Annual statistical returns and brief notes on vaccination in Bengal - 1909-1929
Year: 1909
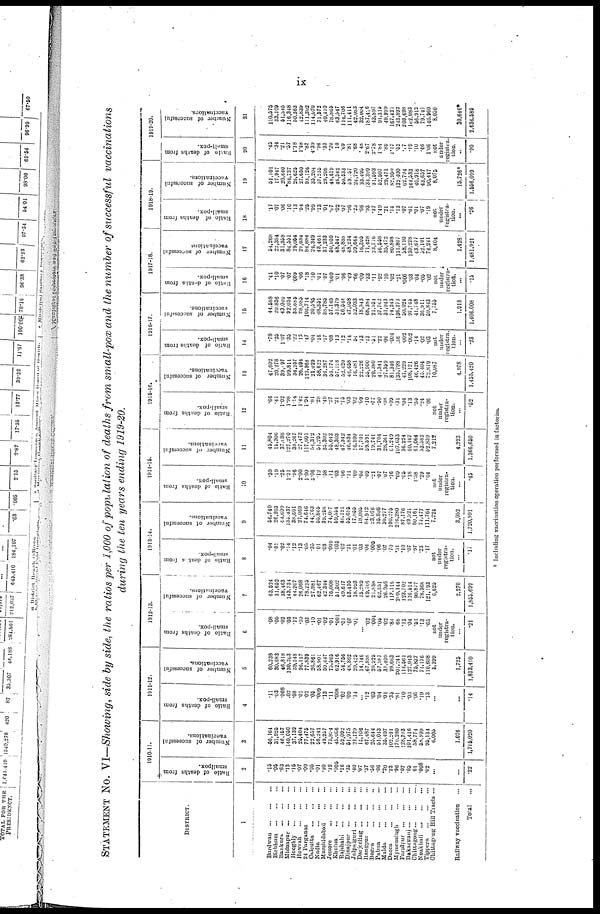
ix
STATEMENT NO. VI—Showing, side by side, the ratios per 1,000 of population of deaths from small-pox and the number of successful vaccinations
during the ten years ending 1919-20.
DISTRICT.
1
Burdwan
...
...
...
Birbhum
...
...
...
Bankura
...
...
...
Midnapur
...
...
...
Hooghly
...
...
...
Howrah
...
...
...
24 Parganas
...
...
Calcutta
...
...
...
Nadia
...
...
...
Murshidabad
...
...
Jessore
...
...
...
Khulna
...
...
Rajshahi
...
...
...
Dinajpur
...
...
...
Jalpaiguri
...
...
...
Darjeeling
...
...
...
Rangpur
...
...
...
Bogra
...
...
...
Pabna
...
...
...
Malda
...
...
...
Dacca
...
...
...
Mymensingh
...
...
Faridpur
...
...
...
Bakarganj
...
...
...
Chittagong
...
...
...
Noakhali
...
...
...
Tippera
...
...
...
Chittagong Hill Tracts ...
Railway vaccination ...
Total
...
1910-11.
Ratio of deaths from
smallpox.
2
.15
.06
.63
.13
.16
.07
.09
.05
.01
.20
.12
.006
.16
.35
.40
.07
.37
.56
.06
.20
.23
.96
.07
.05
.01
.008
.02
...
...
.22
Number of successful
vaccinations.
3
56,164
31,926
46,157
140,050
37,139
25,404
77,476
22,657
58,241
49,257
73,894
45,006
52,092
51,975
21,129
15,106
67,487
25,644
51,043
35,497
102,201
179,280
128,793
101,416
58,774
58,999
95,134
6,005
1,076
1,715,020
1911-12.
Ratio of deaths from
small-pox.
4
.11
.03
.008
.02
.08
.01
.02
.05
.009
.13
.11
.008
.02
.09
.14
...
.12
.03
.04
.01
.35
.81
.10
.03
.06
.19
.13
...
...
.14
Number of successful
vaccinations.
5
60,238
30,683
46,818
130,263
39,248
26,137
77,839
26,861
58,901
50,447
75,565
62,916
54,756
48,862
20,425
14,146
67,898
20,925
57,987
31,409
99,663
201,241
114,561
127,943
75,837
74,176
110,608
5,399
1,725
1,813,490
1912-13.
Ratio of deaths from
small-pox.
6
.08
.05
.02
.03
.12
.10
.02
.10
.01
.02
.01
.001
.01
.07
.01
...
.02
.004
.05
.02
.84
.68
.13
.04
.51
.13
.65
not
under
registra-
tion
...
...
Number of successful
vaccinations.
7
63,524
31,662
38,463
143,734
44,207
26,068
78,225
27,981
62,467
42,344
76,008
51,502
49,617
53,455
18,993
15,289
69,166
21,888
52,351
26,966
113,116
209,144
123,702
116,614
90,877
78,368
121,193
6,625
2,270
1,855,699
1913-14.
Ratio of deaths from
small-pox.
8
.04
.01
.02
.14
.12
.13
.05
.35
.01
.03
.009
.005
.02
.21
.01
.03
.04
.005
.06
.07
.70
.31
.10
.07
.97
.23
.17
not
under
registra-
tion.
...
.17
Number of successful
vaccinations.
9
56,740
26,203
44,609
135,437
38,601
27,069
74,646
44,763
55,865
39,258
74,087
59,554
48,121
55,685
17,855
18,005
84,912
23,076
35,898
30,277
100,275
216,280
87,176
49,921
80,161
74,477
111,764
7,224
3,052
1,720,991
1914-15.
Ratio of deaths from
small-pox.
10
.39
.19
.25
1.21
.96
2.00
1.60
3.06
.12
.58
.11
.03
.06
.11
.09
.06
.09
.21
.07
.07
.16
.09
.05
.18
1.58
.29
.04
not
under
registra-
tion.
...
.45
Number of successful
vaccinations.
11
45,804
15,306
37,088
127,270
38,267
27,473
117,601
54,312
51,295
35,302
55,642
48,303
47,342
46,834
16,930
17,701
59,591
19,741
31,704
28,361
61,249
107,633
36,224
60,107
61,064
53,582
52,839
7,212
4,223
1,366,650
1915-16.
Ratio of deaths from
small-pox.
12
.66
.41
1.02
1.98
1.14
1.42
1.94
.81
.28
.49
.27
.21
.15
.03
.02
.09
.10
.77
.50
.08
.09
.31
.04
.13
.55
.24
.06
not
under
registra-
tion.
...
.52
Number of successful
vaccinations.
13
47,602
20,278
39,097
99,811
34,257
26,494
123,968
21.029
58,622
36,287
56,174
57,128
52,420
46,658
16,481
22,226
55,900
20,380
41,341
27,359
81,346
135,798
47,229
108,121
46,426
45,404
72,819
10,087
4,978
1,455,420
1916-17.
Ratio
of deaths from
small-pox.
14
.78
.25
1.07
.35
.22
.15
.47
.04
.16
.17
.08
.13
.12
.14
.54
.13
.13
.51
.22
.06
.004
.36
.002
.002
.14
.02
.03
not
under
registra-
tion.
...
.23
Number of successful
vaccinations.
15
44,588
20,836
43,040
92,034
33,685
28,985
106,714
20,585
48,351
38,785
57,145
51,379
56,544
47,058
32,033
18,543
68,384
21,951
37,762
31,043
74,243
136,373
50,024
97,745
41,748
36,911
59,843
7,755
1,918
1,406,008
1917-18.
Ratio
of deaths from
small-pox.
16
.41
.10
.07
.07
.009
.06
.18
.10
.01
.07
.009
.01
.06
.49
.66
.09
.33
.11
.92
.10
.02
.21
.006
.03
.04
.05
.02
not
under
registra-
tion.
...
.15
Number of successful
vaccinations
17
54,268
22,384
31,358
84,551
29,054
29,634
84,884
24,349
43,461
37,233
50,959
48,547
48,888
48,234
59,664
16,305
71,428
23,716
56,558
35,472
80,898
131,807
58,190
130,228
43,677
52,101
74,241
8,404
1,428
1,481,921
1918-19.
Ratio of deaths from
small-pox.
18
.17
.07
.06
.10
.13
.54
.25
.99
.13
.01
.07
.02
.07
.96
.23
.66
.93
.37
1.49
.21
.14
.13
.07
.01
.01
.07
.19
not
under
registra-
tion.
...
.26
Number of successful
vaccinations.
19
51,101
17,947
20,640
84,727
26,625
27,650
93,126
35,204
37,235
29,208
48,619
46,542
50,533
59,057
24,720
33,495
134,399
31,593
52,507
29,471
82,950
132,400
62,794
144,533
40,918
43,657
90,447
8,075
15,726*
1,556,099
1919-20.
Ratio of deaths from
small-pox.
20
.45
.34
.21
.57
1.18
1.48
.83
4.39
.96
.33
.20
.10
.69
.81
.68
.48
2.67
2.78
1.84
.89
1.17
.52
.17
.19
.10
.46
1.06
not
under
registra-
tion.
...
.90
Number of successful
vaccinatiors.
21
110,575
33,109
51,545
116,348
50,363
42,839
111,302
114,070
71,572
40,410
78,865
63,547
114,706
111,411
42,083
32,004
187,426
43,897
91,315
49,999
167,421
243,892
203,698
102,083
56,912
79,741
146,960
8,050
30,646*
2,636,589
* Including vaccination operation performed in factories.